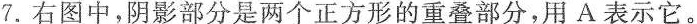
7.右图中，阴影部分是两个正方形的重叠部分，用A表示它。